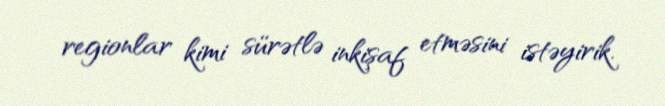
regionlar kimi sürətlə inkişaf etməsini istəyirik.